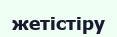
жетістіру